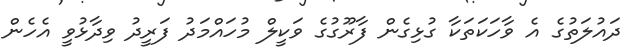
ދައުލަތުގެ އެ ވާހަކަތަކާ ގުޅިގެން ފާރޫގުގެ ވަކީލް މުހައްމަދު ފަރީދު ވިދާޅުވީ އެހެން